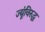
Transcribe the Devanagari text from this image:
ज्यूंविरुद्ध